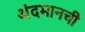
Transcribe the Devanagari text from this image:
अंदमानची